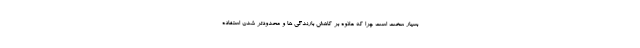
بسیار سخت است چرا که علاوه بر کاهش بارندگی ها و محدودتر شدن استفاده